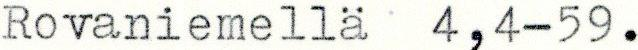
Rovaniemellä 4,4-59.